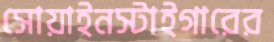
সোয়াইনস্টাইগারের